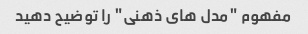
مفهوم "مدل های ذهنی" را توضیح دهید